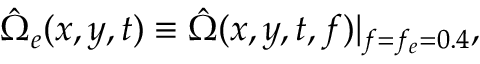
\hat { \Omega } _ { e } ( x , y , t ) \equiv \hat { \Omega } ( x , y , t , f ) | _ { f = f _ { e } = 0 . 4 } ,